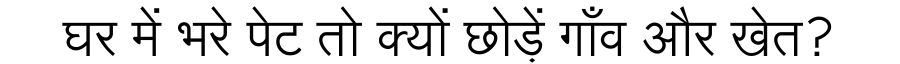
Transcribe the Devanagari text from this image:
घर में भरे पेट तो क्यों छोड़ें गाँव और खेत?